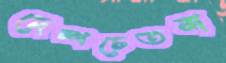
দেশচেতনা